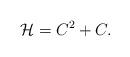
LaTeX: \begin{align*}\mathcal{H}=C^2+C.\end{align*}